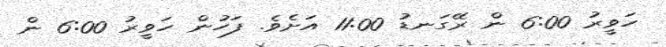
ހަވީރު 6:00 ން ރޭގަނޑު 11:00 އަށެވެ. ފަހުން ހަވީރު 6:00 ން